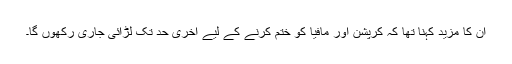
ان کا مزید کہنا تھا کہ کرپشن اور مافیا کو ختم کرنے کے لیے آخری حد تک لڑائی جاری رکھوں گا۔